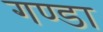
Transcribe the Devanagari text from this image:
गण्डा